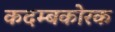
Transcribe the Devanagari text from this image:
कदम्बकोरक